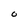
Character: O